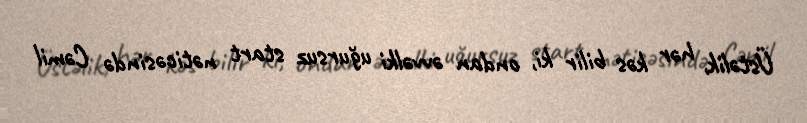
Üstəlik, hər kəs bilir ki, ondan əvvəlki uğursuz start nəticəsində Cəmil